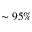
\sim 9 5 \%